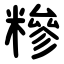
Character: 糝